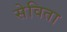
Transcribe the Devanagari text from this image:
सेविता